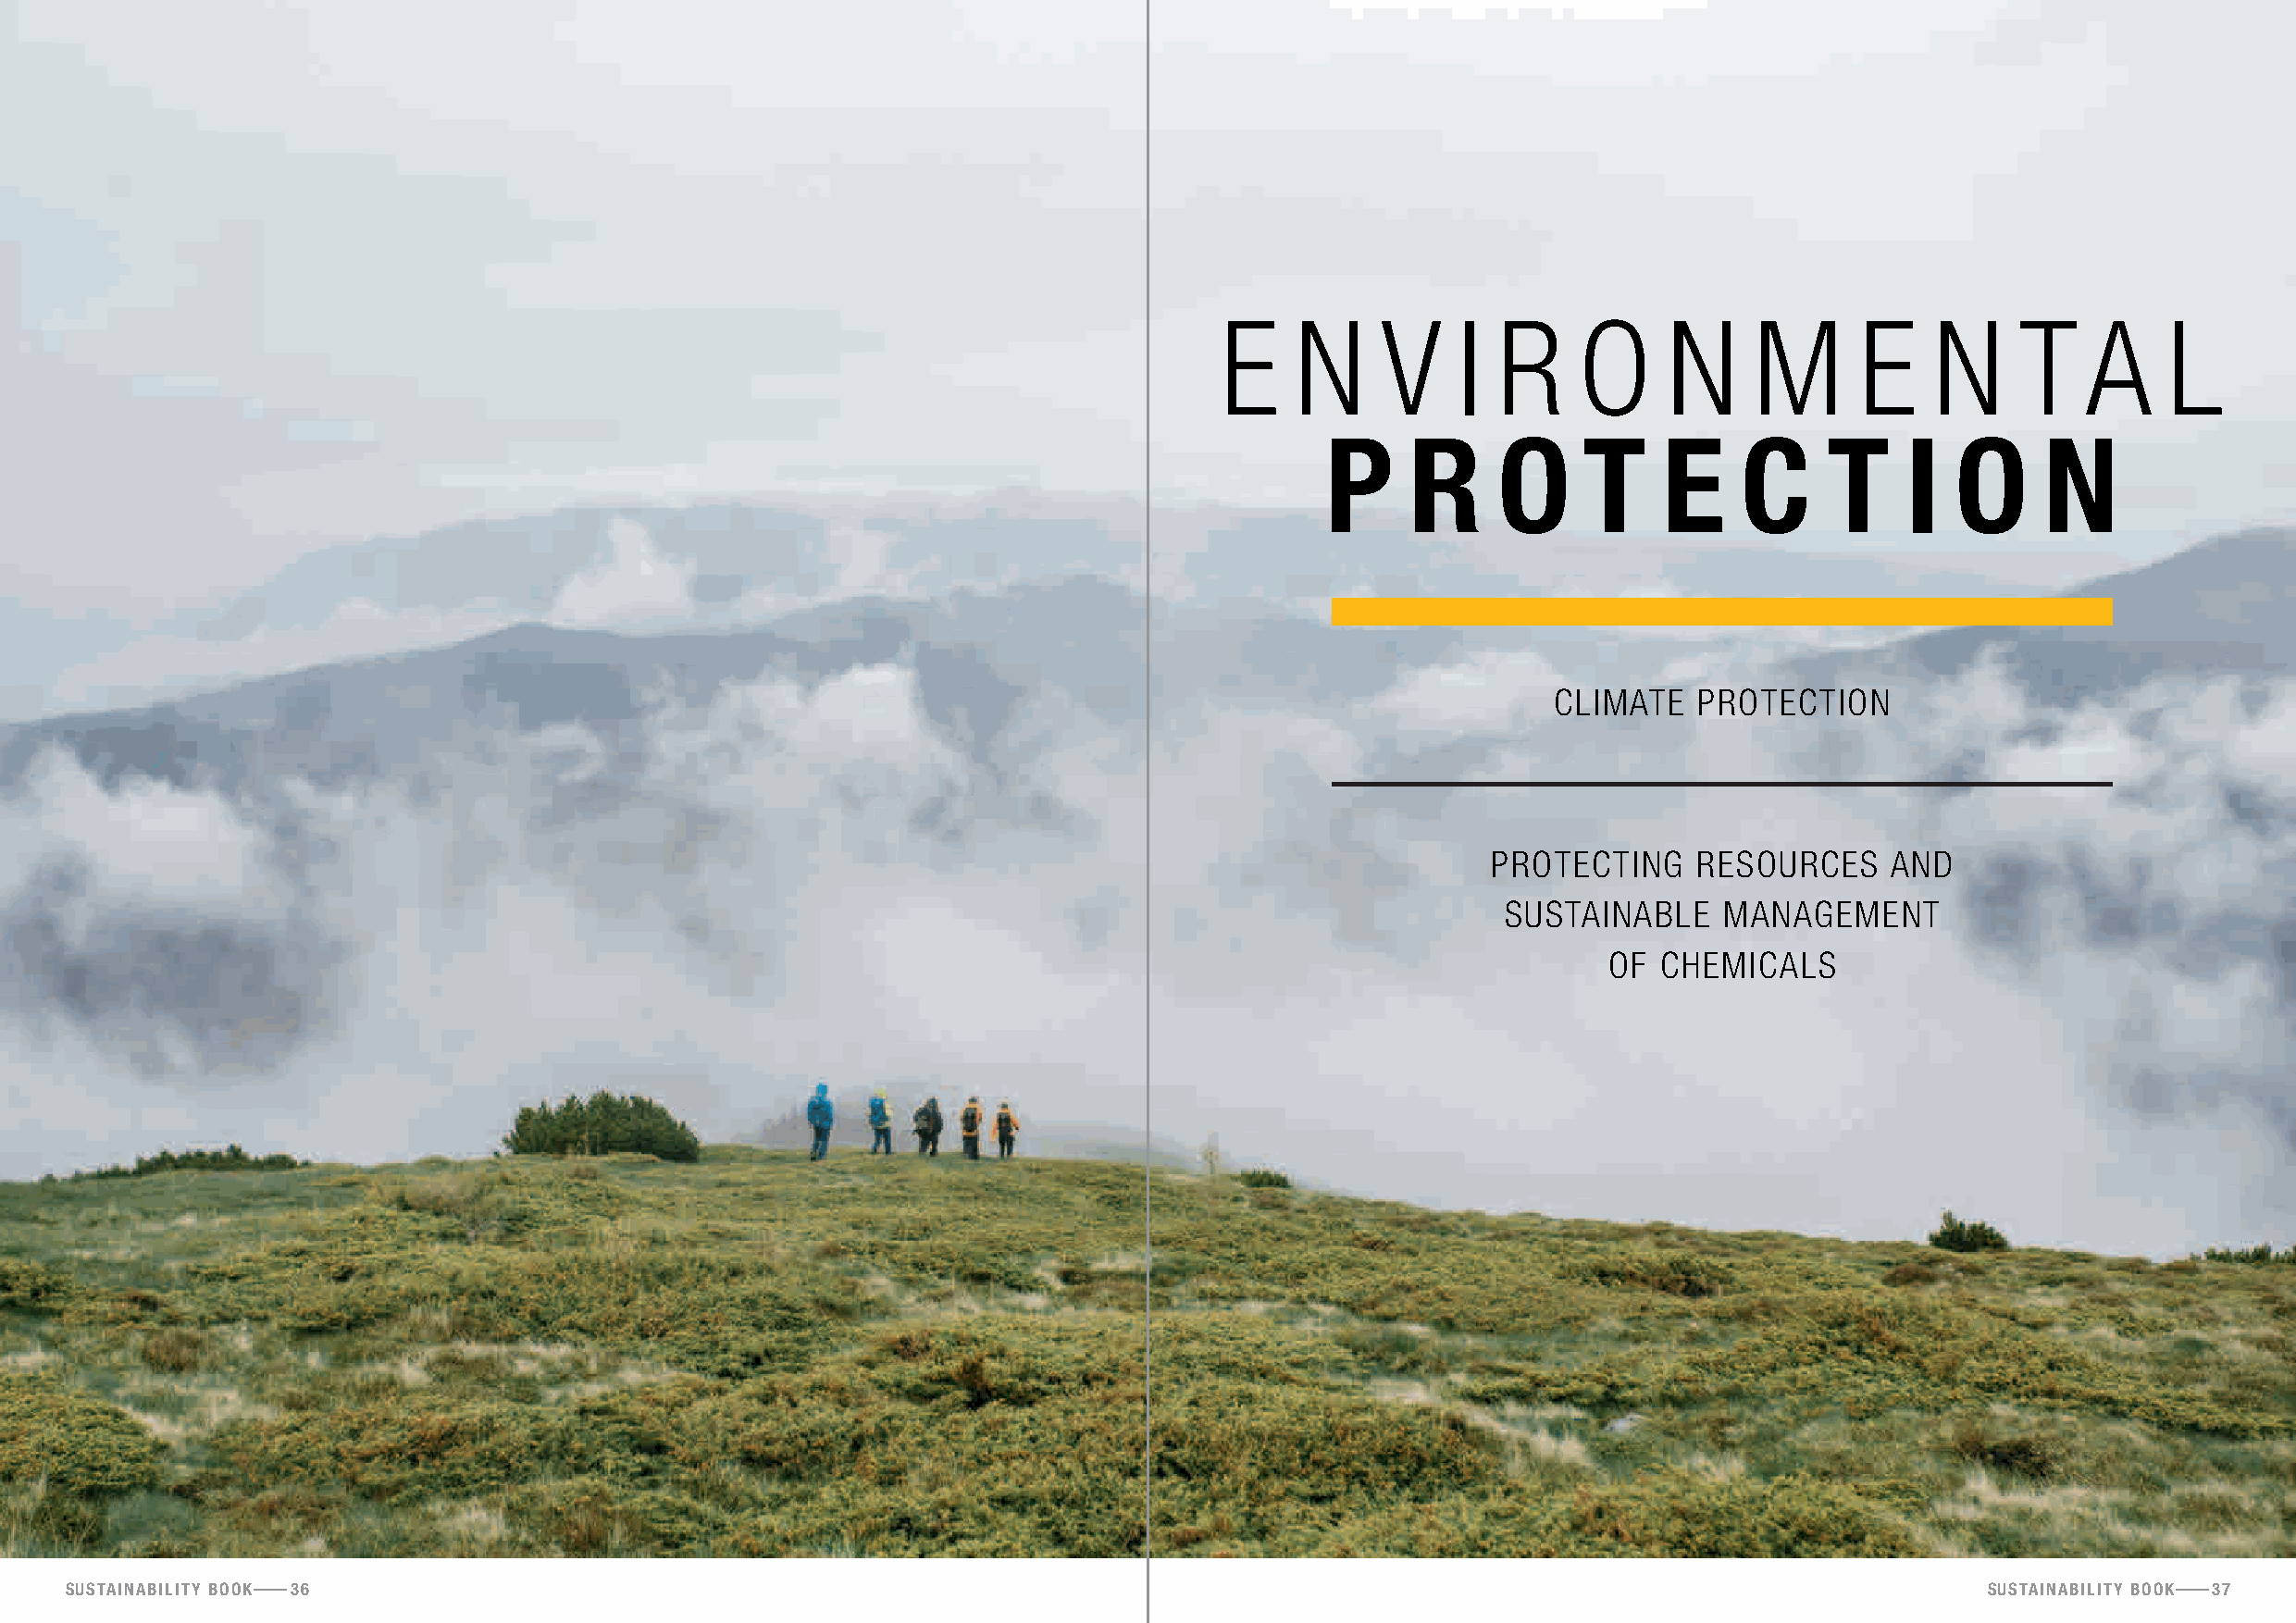
en         vIr         o     n     m       e    nT        Al
 pR         O      tEc            tI      O      N
 clImATe  proTecTIon
 proTecTInG   reSourceS    And
 SuSTAInAble   mAnAGemenT
 of  cHemIcAlS
 sustainability booK 36                                                                                                                   sustainability booK 37